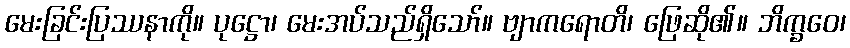
မေးခြင်းပြဿနာကို။ ပုဋ္ဌော၊ မေးအပ်သည်ရှိသော်။ ဗျာကရောတိ၊ ဖြေဆို၏။ ဘိက္ခဝေ၊